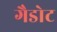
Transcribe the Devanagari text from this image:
गैडोट